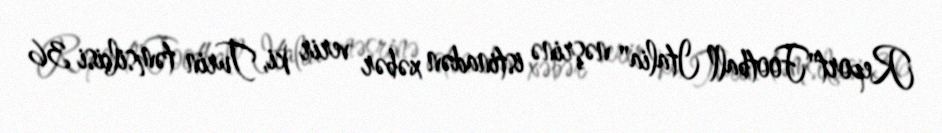
Report"Football Italia" nəşrinə istinadən xəbər verir ki, Turin təmsilçisi 36